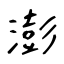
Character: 澎